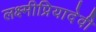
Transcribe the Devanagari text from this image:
लक्ष्मीप्रियादेवी